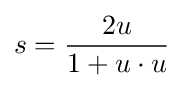
s={\frac {2u}{1+u\cdot u}}